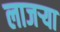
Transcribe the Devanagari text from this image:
लाजर्‍या